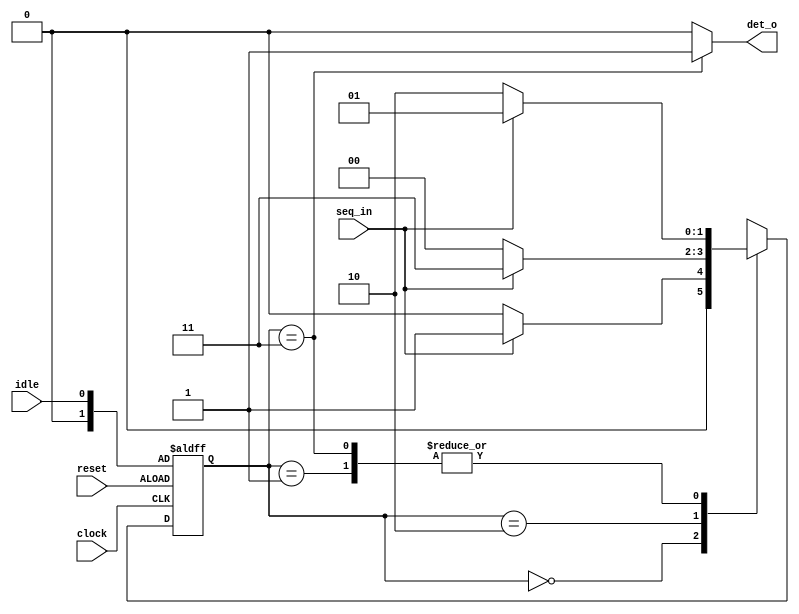
/********************************************************************************************
Copyright 2019 - Maven Silicon Softech Pvt Ltd. 

All Rights Reserved.

This source code is an unpublished work belongs to Maven Silicon Softech Pvt Ltd.

It is not to be shared with or used by any third parties who have not enrolled for our paid training 

courses or received any written authorization from Maven Silicon.


Webpage     :      www.maven-silicon.com

Filename    :	   seq_det.v   

Description :      Sequence detector detecting "101"

Author Name :      Susmita

Version     :      1.0
*********************************************************************************************/

module seq_det(seq_in,
	       clock,
	       reset,
	       det_o,idle);
								 
   //Step1 : Declare the states as parameter "S0","S1","S2","S3"
   parameter S0 = 2'b00,
   			 S1 = 2'b01,
			 S2 = 2'b10,
			 S3 = 2'b11;


   //Step2 : Write down the ports direction
   input seq_in,clock,reset,idle;
   output det_o;


   //Internal registers
   reg [1:0]state,next_state;

   //Step3 : Write down the sequential logic for present state with active high asychronous reset
		
	always@(posedge clock ,posedge reset)
	begin
	if(reset)
		state <= idle;
	else 
		state <= next_state;
	end
   //Understand the combinational logic for next state
   always@(state,seq_in)
      begin
	 case(state)

	    S0     : 
                      if(seq_in==1) 
		         next_state=S1;
	              else
	                 next_state=S0;
	    S1     : 
                      if(seq_in==0)
	                 next_state=S2;
	              else
	                 next_state=S1;
	    S2     :
                      if(seq_in==1)
	                 next_state=S3;
	              else 
	                 next_state=S0;
	    S3     : 
                      if(seq_in==1)
	                 next_state=S1;
	              else 
	                 next_state=S2;
	    default: 
                      next_state=S0;
	 endcase
      end

   //Step4 : Write down the logic for Moore output det_o
	assign det_o = (state==S3)? 1'b1 : 1'b0;
endmodule